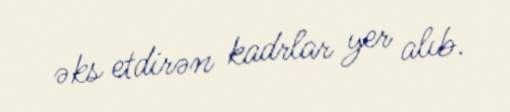
əks etdirən kadrlar yer alıb.